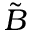
\tilde { B }